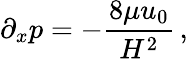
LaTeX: \partial_{x}p=-{\frac{8\mu u_{0}}{H^{2}}}\, ,